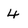
Character: 4